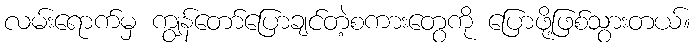
လမ်းရောက်မှ ကျွန်တော်ပြောချင်တဲ့စကားတွေကို ပြောဖို့ဖြစ်သွားတယ်။